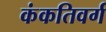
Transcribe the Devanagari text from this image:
कंकतिवर्ग